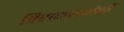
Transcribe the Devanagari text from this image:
विसनगरांशीं